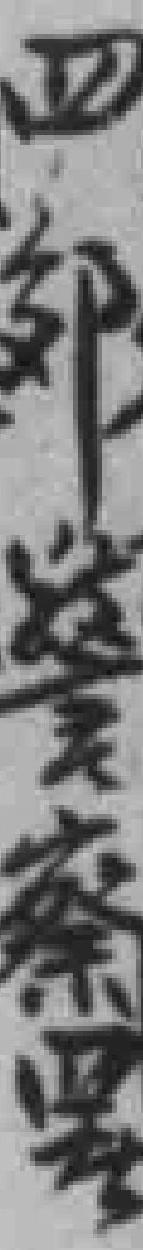
四郊警察*